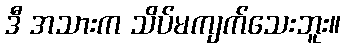
ဒီ အသားက သိပ်မကျက်သေးဘူး။